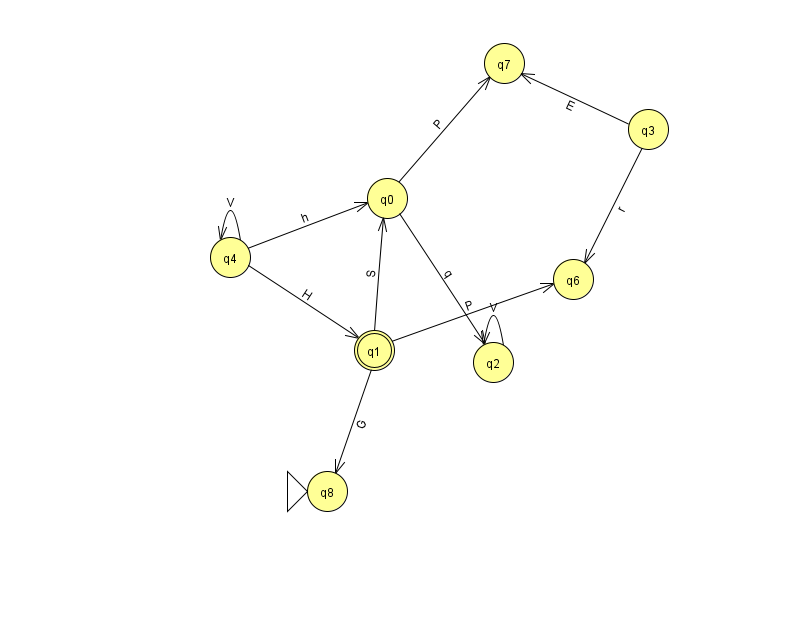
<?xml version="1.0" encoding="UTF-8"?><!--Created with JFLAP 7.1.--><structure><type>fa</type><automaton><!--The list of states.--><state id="0" name="q0"><x>387.0</x><y>185.0</y></state><state id="1" name="q1"><x>374.0</x><y>337.0</y><final/></state><state id="2" name="q2"><x>493.0</x><y>349.0</y></state><state id="3" name="q3"><x>648.0</x><y>116.0</y></state><state id="4" name="q4"><x>230.0</x><y>244.0</y></state><state id="6" name="q6"><x>573.0</x><y>266.0</y></state><state id="7" name="q7"><x>504.0</x><y>50.0</y></state><state id="8" name="q8"><x>327.0</x><y>478.0</y><initial/></state><!--The list of transitions.--><transition><from>3</from><to>7</to><read>E</read></transition><transition><from>4</from><to>1</to><read>H</read></transition><transition><from>2</from><to>2</to><read>V</read></transition><transition><from>4</from><to>4</to><read>V</read></transition><transition><from>0</from><to>2</to><read>q</read></transition><transition><from>1</from><to>8</to><read>G</read></transition><transition><from>1</from><to>6</to><read>P</read></transition><transition><from>0</from><to>7</to><read>P</read></transition><transition><from>1</from><to>0</to><read>S</read></transition><transition><from>4</from><to>0</to><read>h</read></transition><transition><from>3</from><to>6</to><read>r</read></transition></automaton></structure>